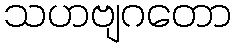
သဟဗျဂတော